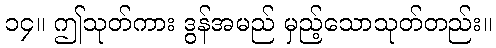
၁၄။ ဤသုတ်ကား ဒွန်အမည် မှည့်သောသုတ်တည်း။